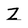
Character: Z